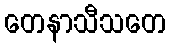
တေနာသီသတေ